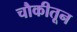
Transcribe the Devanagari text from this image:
चौकीतून